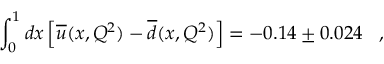
\int _ { 0 } ^ { 1 } d x \left[ \overline { { { u } } } ( x , Q ^ { 2 } ) - \overline { { { d } } } ( x , Q ^ { 2 } ) \right] = - 0 . 1 4 \pm 0 . 0 2 4 \; \; \; ,